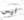
ليس